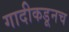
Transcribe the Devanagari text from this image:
गादीकडूनच